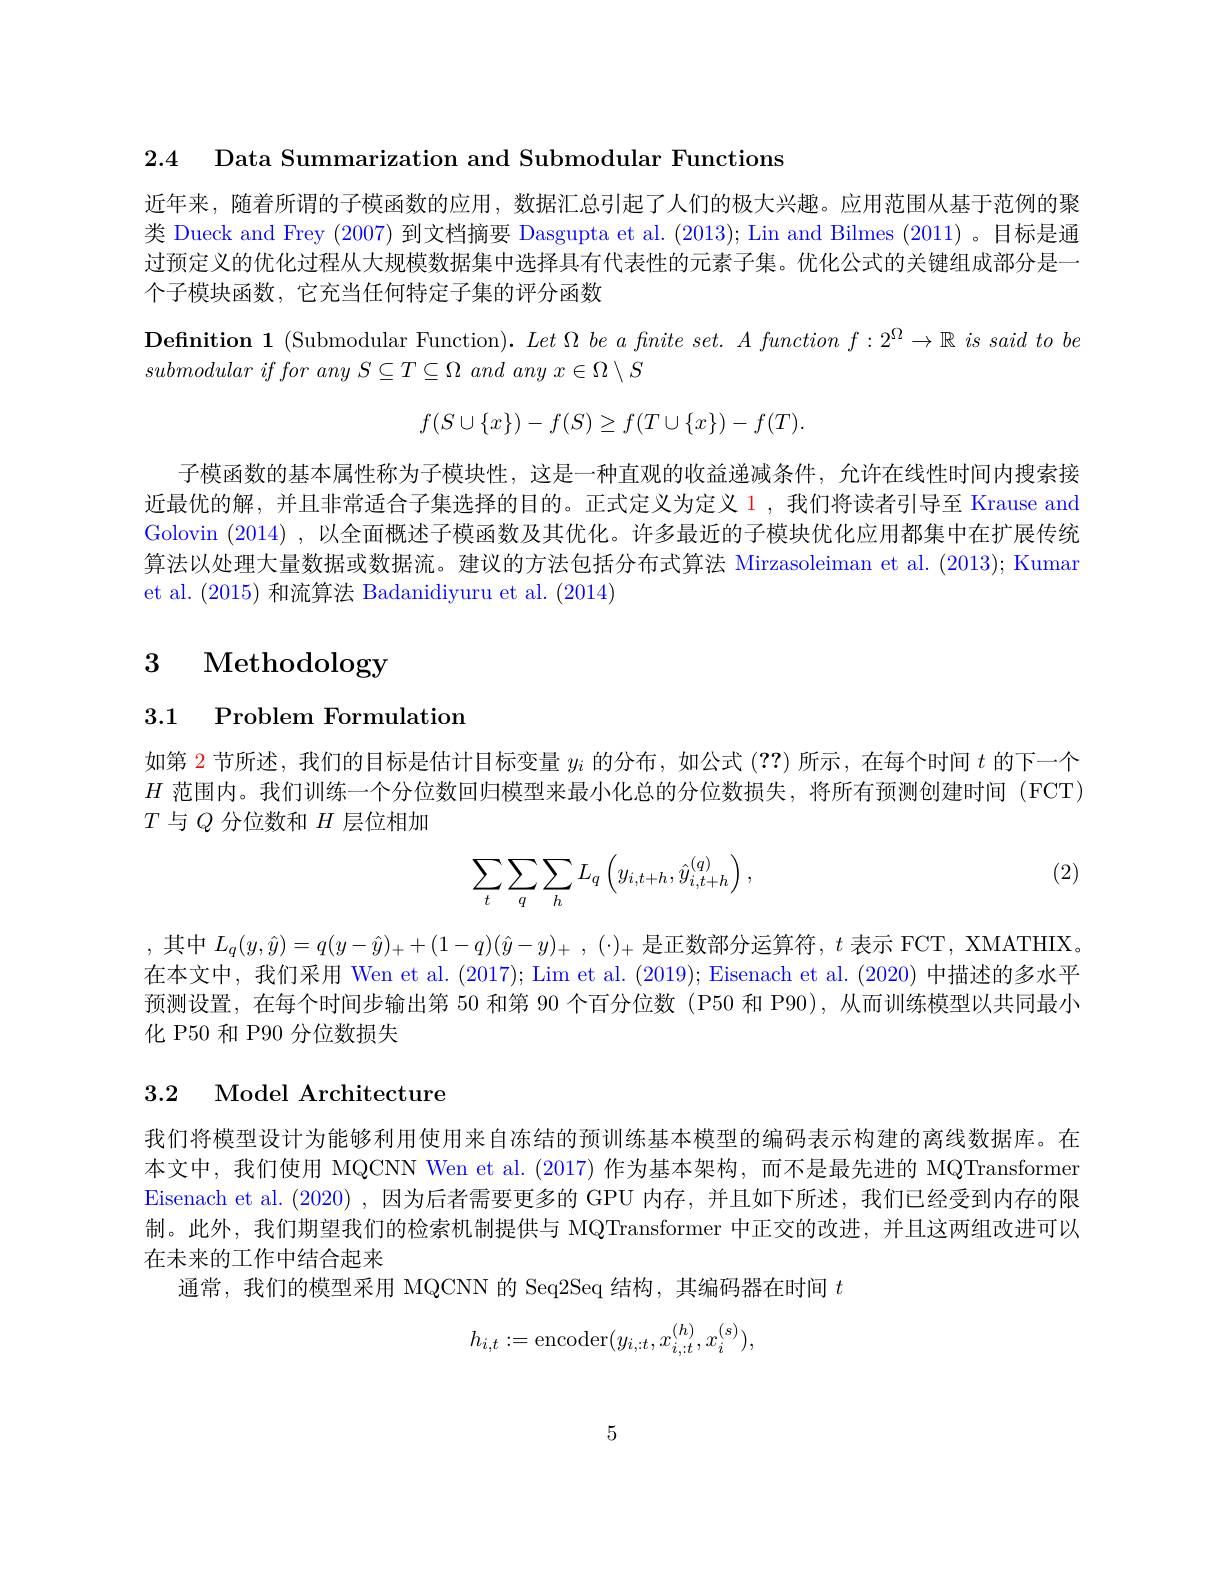
2.4 Data Summarization and Submodular Functions

近年来，随着所谓的子模函数的应用，数据汇总引起了人们的极大兴趣。应用范围从基于范例的聚类 Dueck and Frey (2007)到文档摘要 Dasgupta et al. (2013); Lin and Bilmes (2011) 。目标是通过预定义的优化过程从大规模数据集中选择具有代表性的元素子集。优化公式的关键组成部分是一个子模块函数，它充当任何特定子集的评分函数

Definition 1 (Submodular Function). $Let\Omega \textit{ be a fnite set. }A\textit{ function f}: 2^\Omega \to \mathbb{R} \textit{ is said to be}$
submodular $if$ for any $S\subseteq T\subseteq \Omega$ and any $x\in \Omega \setminus S$
$$f(S\cup\{x\})-f(S)\geq f(T\cup\{x\})-f(T).$$
子模函数的基本属性称为子模块性，这是一种直观的收益递减条件，允许在线性时间内搜索接近最优的解，并且非常适合子集选择的目的。正式定义为定义$\color{red}{1}$,我们将读者引导至 Krause and Golovin (2014) ,以全面概述子模函数及其优化。许多最近的子模块优化应用都集中在扩展传统算法以处理大量数据或数据流。建议的方法包括分布式算法 Mirzasoleiman et al. (2013); Kuman et al. (2015)和流算法 Badanidiyuru et al.(2014)

# 3 Methodology

3.1 Problem Formulation

如第$\color{red}{2\text{ 节所述，我们的目标是估计目标变量 }y_{i}\text{ 的分布，如公式 }(??)\text{ 所示，在每个时间 }t\text{ 的下一个}}$ $H$范围内。我们训练一个分位数回归模型来最小化总的分位数损失，将所有预测创建时间 (FCT) $T$与$Q$分位数和$H$层位相加

(2)
$$\sum_t\sum_q\sum_hL_q\left(y_{i,t+h},\hat{y}_{i,t+h}^{(q)}\right),$$
,其中$L_q( y, \hat{y} ) = q( y- \hat{y} ) _+ + ( 1- q) ( \hat{y} - y) _+$ , $( \cdot ) _+$是正数部分运算符$,t$表示 FCT, XMATHIX。在本文中，我们采用 Wen et al. (2017); Lim et al. (2019); Eisenach et al. (2020) 中描述的多水平预测设置，在每个时间步输出第 50 和第 90 个百分位数 (P50 和 P90), 从而训练模型以共同最小化 P50 和 P90 分位数损失

# 3.2 Model Architecture

我们将模型设计为能够利用使用来自冻结的预训练基本模型的编码表示构建的离线数据库。在本文中，我们使用 MQCNN Wen et al.(2017) 作为基本架构，而不是最先进的 MQTransformen Eisenach et al. (2020),因为后者需要更多的 GPU 内存，并且如下所述，我们已经受到内存的限制。此外，我们期望我们的检索机制提供与 MQTransformer 中正交的改进，并且这两组改进可以在未来的工作中结合起来
通常，我们的模型采用 MQCNN 的 Seq2Seq 结构，其编码器在时间$t$
$$h_{i,t}:=\text{encoder}(y_{i,:t},x_{i,:t}^{(h)},x_{i}^{(s)}),$$
5